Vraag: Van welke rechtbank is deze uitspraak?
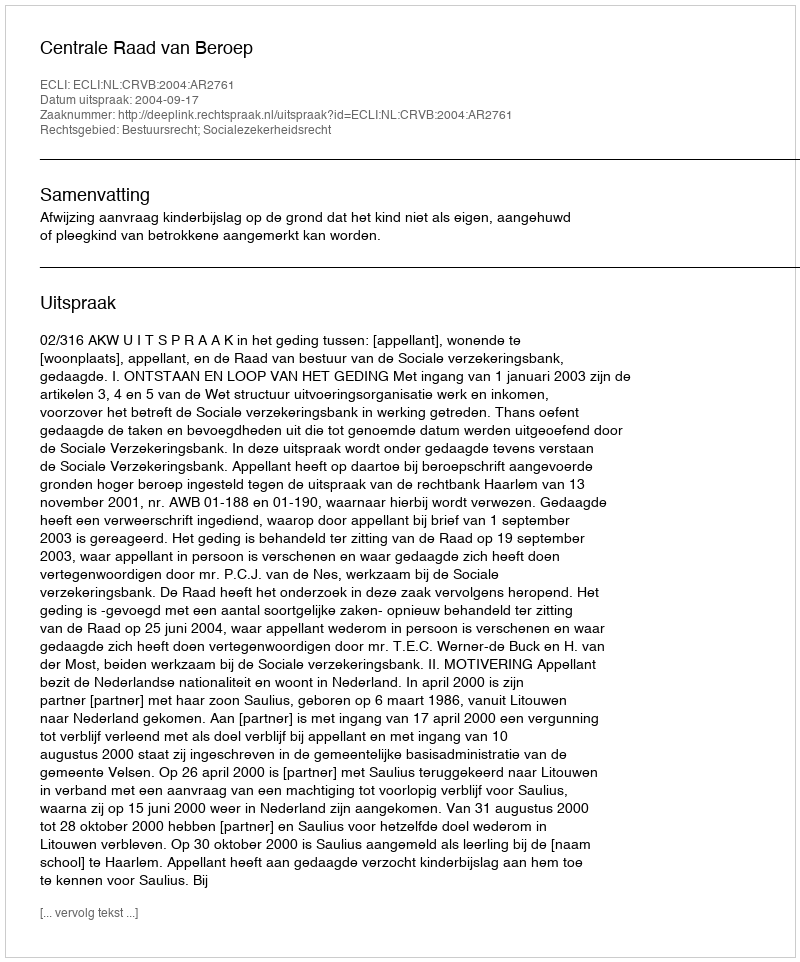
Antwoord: Centrale Raad van Beroep